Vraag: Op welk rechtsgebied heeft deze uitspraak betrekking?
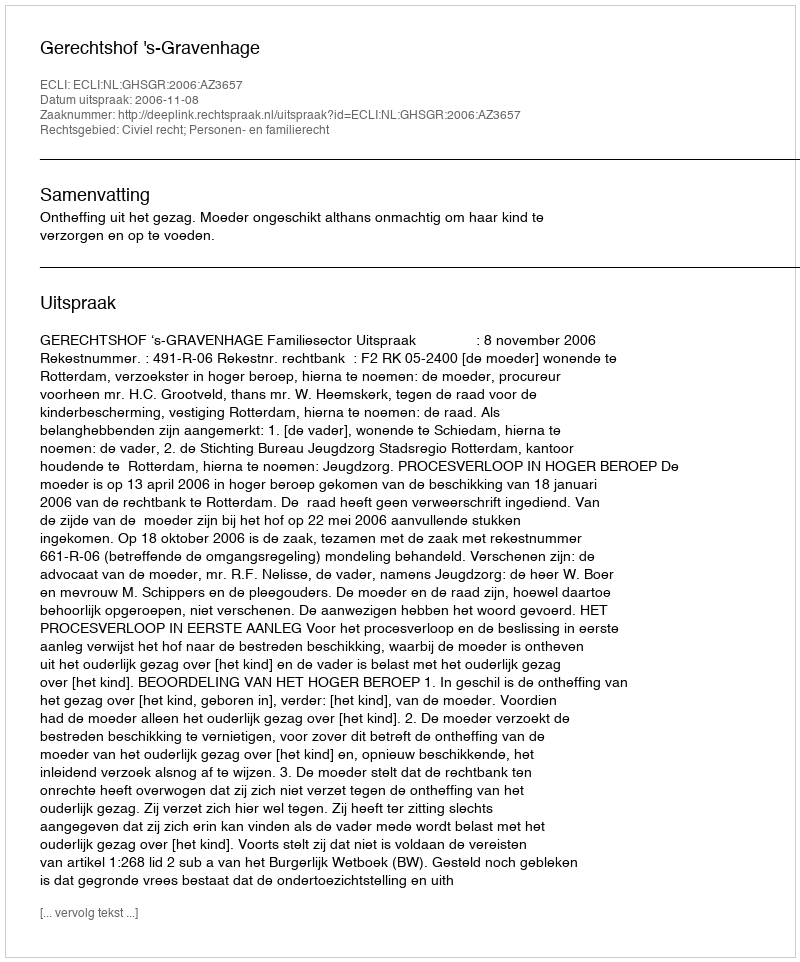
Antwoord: Civiel recht; Personen- en familierecht